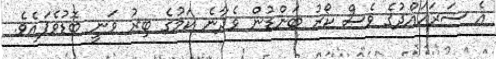
އެ ސަރަހައްދުގެ ވެސް ކޯރު ބަންޑުން ވެދާނެ ކަމުގެ ބިރު ވަނީ ބޮޑުވެފައެވެ.